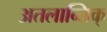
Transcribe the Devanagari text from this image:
अतलान्तिक्